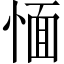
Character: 愐